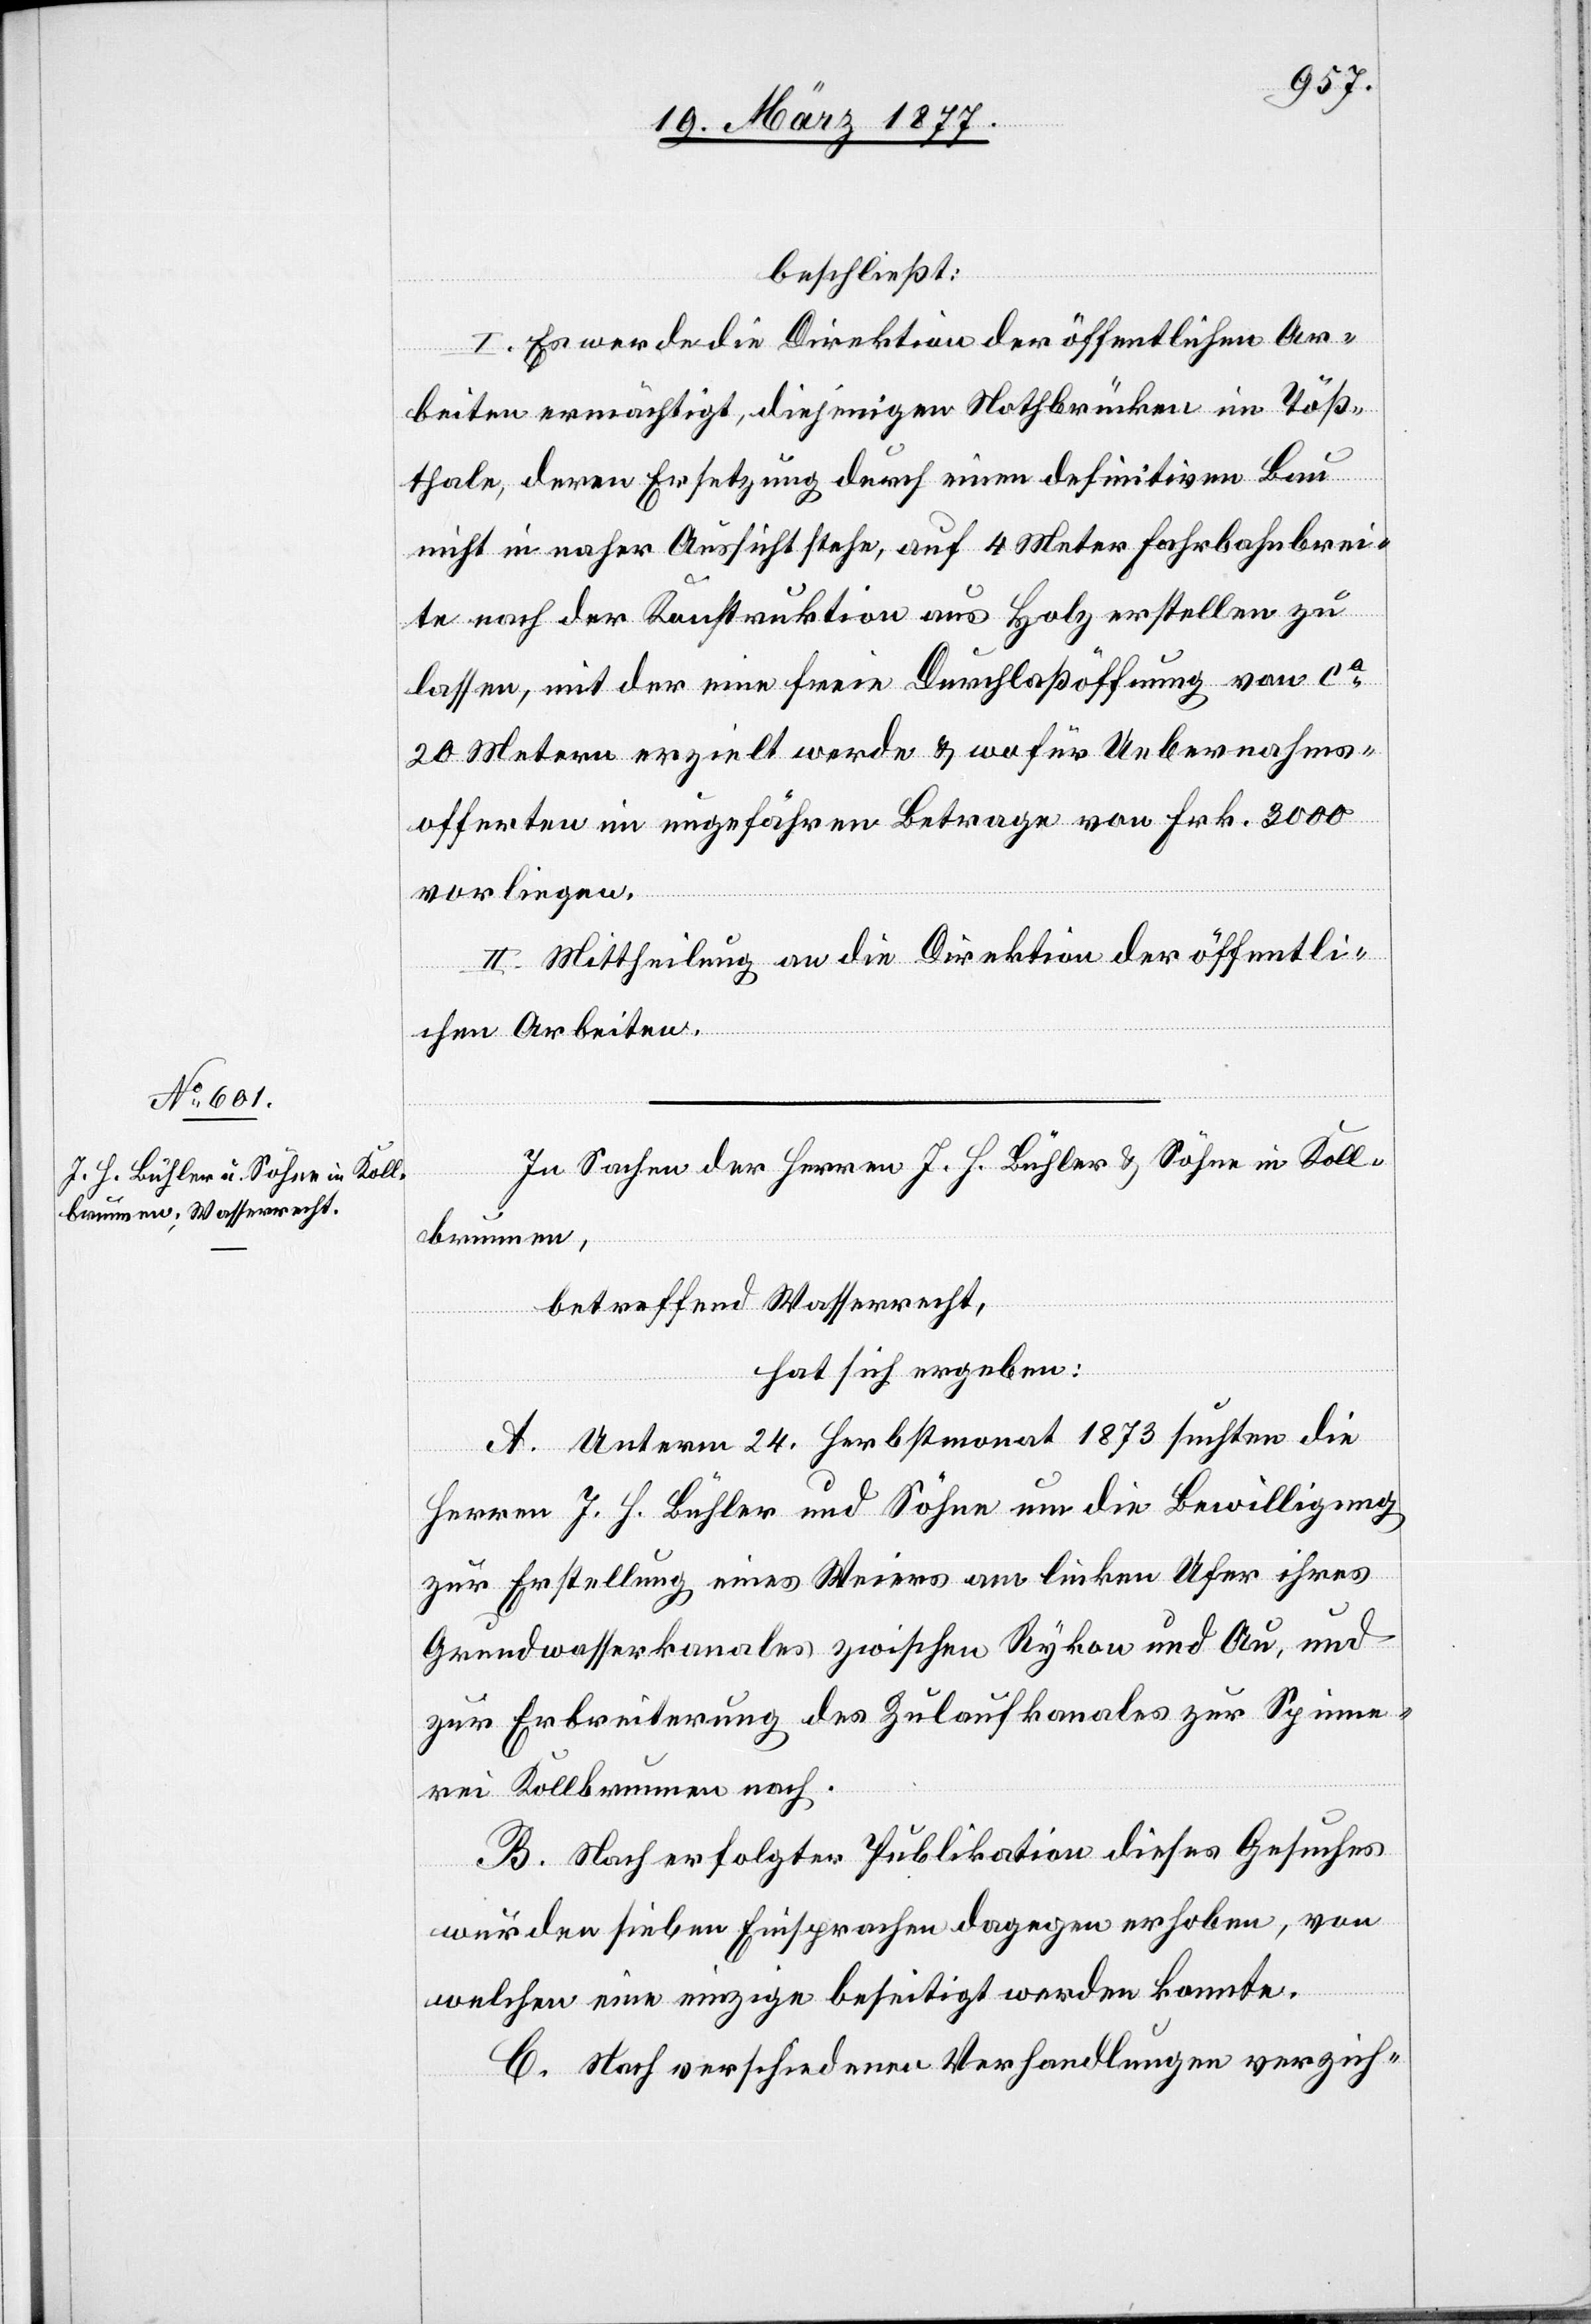
beschließt:
I. Es werde die Direktion der öffentlichen Ar¬
beiten ermächtigt, diejenigen Nothbrücken im Töß¬
thale, deren Ersetzung durch einen definitiven Bau
nicht in naher Aussicht stehe, auf 4 Meter Fahrbahnbrei¬
te nach der Konstruktion aus Holz erstellen zu
lassen, mit der eine freie Durchlaßöffnung von ca
20 Metern erzielt werde & wofür Uebernahms¬
offerten im ungefähren Betrage von Frk. 3000
vorliegen.
II. Mittheilung an die Direktion der öffentli¬
chen Arbeiten.
In Sachen der Herren J. H. Bühler & Söhne in Koll¬
brunnen,
betreffend Wasserrecht,
hat sich ergeben:
A. Unterm 24. Herbstmonat 1873 suchten die
Herren J. H. Bühler und Söhne um die Bewilligung
zur Erstellung eines Weiers am linken Ufer ihres
Grundwasserkanales zwischen Rykon und Au, und
zur Erbreiterung des Zulaufkanales zur Spinne¬
rei Kollbrunnen nach.
B. Nach erfolgter Publikation dieses Gesuches
wurden sieben Einsprachen dagegen erhoben, von
welchen eine einzige beseitigt werden konnte.
C. Nach verschiedenen Verhandlungen verzich-